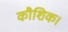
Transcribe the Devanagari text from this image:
कौशिक।